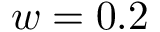
w = 0 . 2